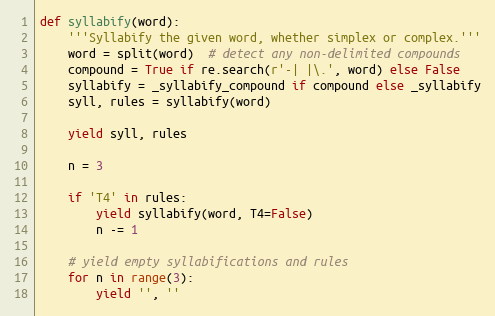
Language: Python
def syllabify(word):
    '''Syllabify the given word, whether simplex or complex.'''
    word = split(word)  # detect any non-delimited compounds
    compound = True if re.search(r'-| |\.', word) else False
    syllabify = _syllabify_compound if compound else _syllabify
    syll, rules = syllabify(word)

    yield syll, rules

    n = 3

    if 'T4' in rules:
        yield syllabify(word, T4=False)
        n -= 1

    # yield empty syllabifications and rules
    for n in range(3):
        yield '', ''